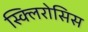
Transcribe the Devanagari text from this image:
स्क्लिरोसिस